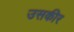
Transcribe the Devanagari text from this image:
उसकीर